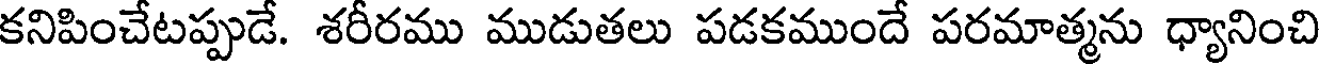
కనిపించేటప్పుడే. శరీరము ముడుతలు పడకముందే పరమాత్మను ధ్యానించి